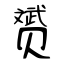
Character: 赟